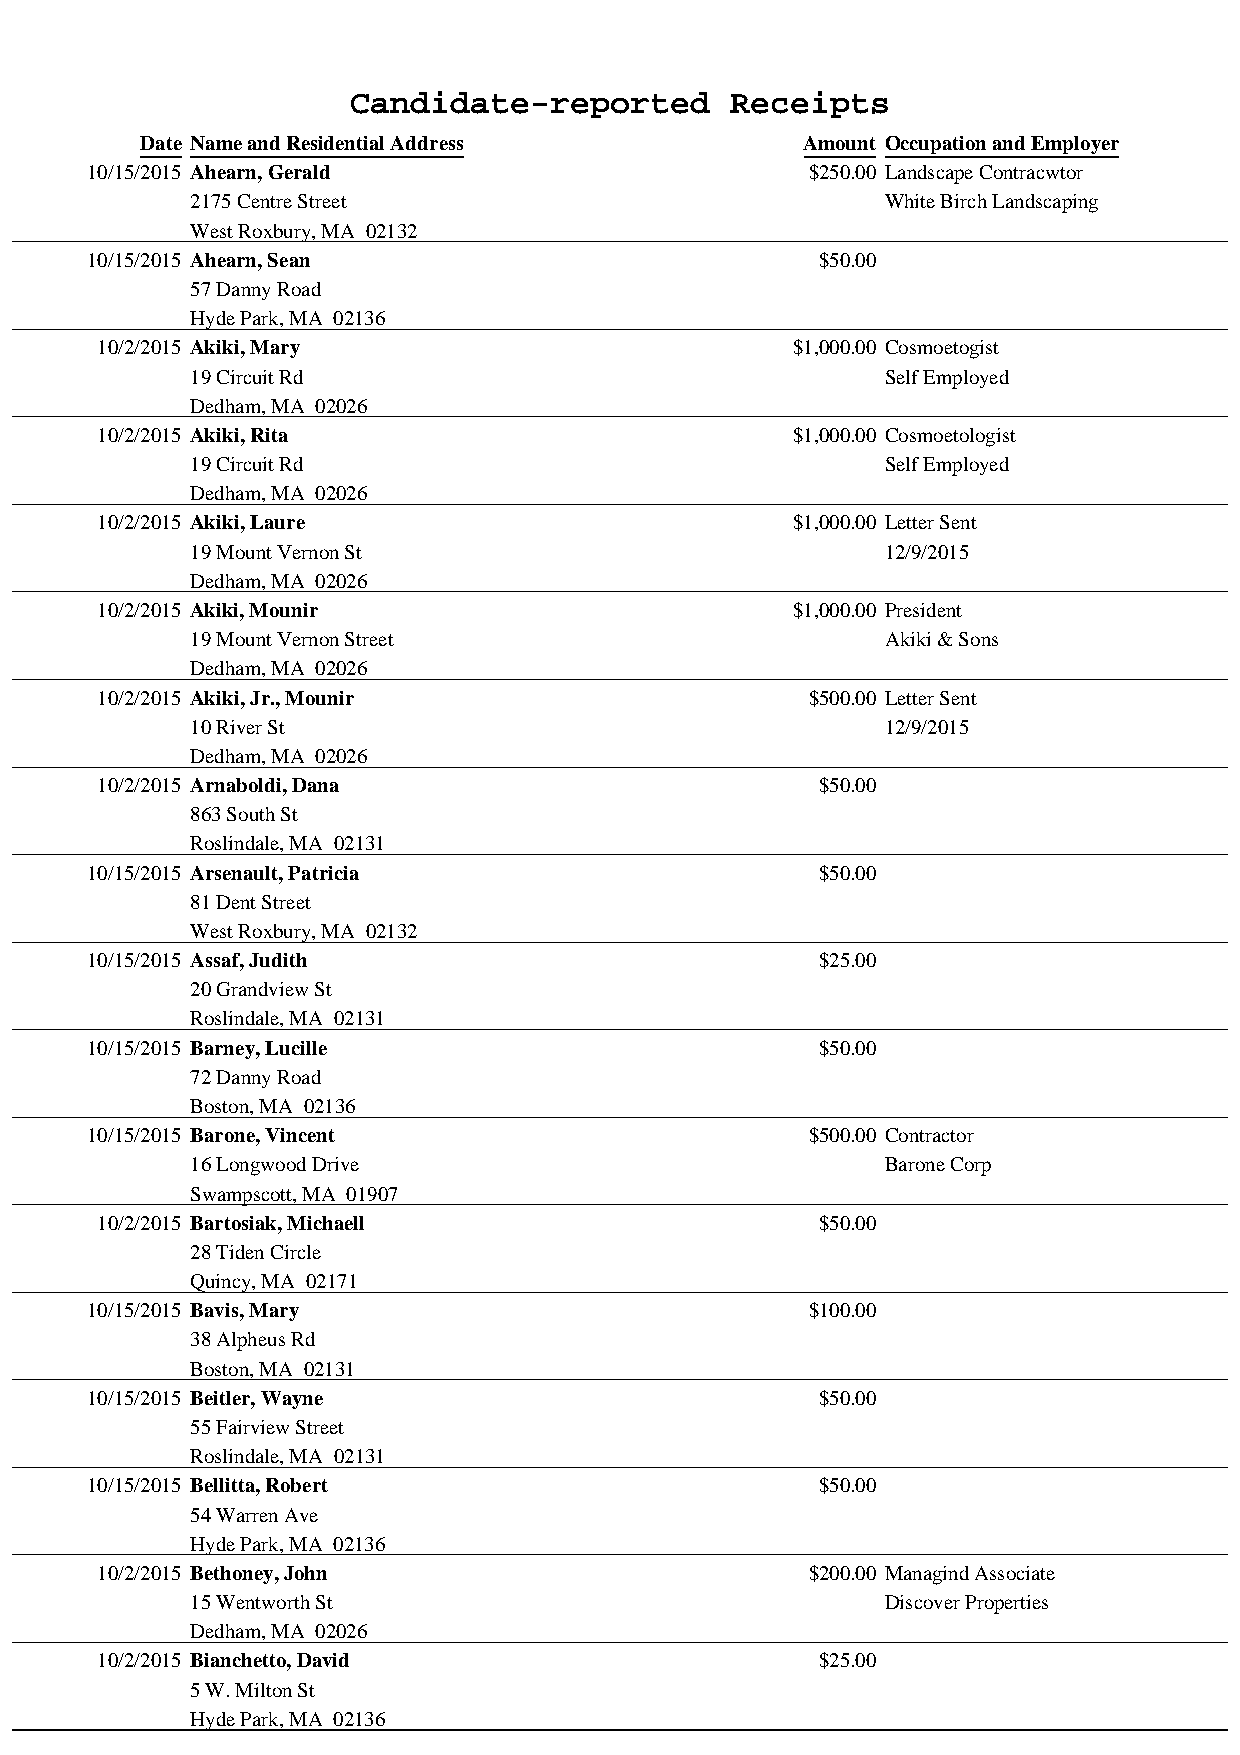
Candidate-reported       Receipts
 Date Name and Residential Address           Amount Occupation and Employer
 10/15/2015 Ahearn, Gerald                       $250.00 Landscape Contracwtor
 2175 Centre Street                            White Birch Landscaping
 West Roxbury, MA 02132
 10/15/2015 Ahearn, Sean                         $50.00
 57 Danny Road
 Hyde Park, MA 02136
 10/2/2015 Akiki, Mary                         $1,000.00 Cosmoetogist
 19 Circuit Rd                                 Self Employed
 Dedham, MA 02026
 10/2/2015 Akiki, Rita                         $1,000.00 Cosmoetologist
 19 Circuit Rd                                 Self Employed
 Dedham, MA 02026
 10/2/2015 Akiki, Laure                        $1,000.00 Letter Sent
 19 Mount Vernon St                            12/9/2015
 Dedham, MA 02026
 10/2/2015 Akiki, Mounir                       $1,000.00 President
 19 Mount Vernon Street                        Akiki & Sons
 Dedham, MA 02026
 10/2/2015 Akiki, Jr., Mounir                    $500.00 Letter Sent
 10 River St                                   12/9/2015
 Dedham, MA 02026
 10/2/2015 Arnaboldi, Dana                       $50.00
 863 South St
 Roslindale, MA 02131
 10/15/2015 Arsenault, Patricia                  $50.00
 81 Dent Street
 West Roxbury, MA 02132
 10/15/2015 Assaf, Judith                        $25.00
 20 Grandview St
 Roslindale, MA 02131
 10/15/2015 Barney, Lucille                      $50.00
 72 Danny Road
 Boston, MA 02136
 10/15/2015 Barone, Vincent                      $500.00 Contractor
 16 Longwood Drive                             Barone Corp
 Swampscott, MA 01907
 10/2/2015 Bartosiak, Michaell                   $50.00
 28 Tiden Circle
 Quincy, MA 02171
 10/15/2015 Bavis, Mary                          $100.00
 38 Alpheus Rd
 Boston, MA 02131
 10/15/2015 Beitler, Wayne                       $50.00
 55 Fairview Street
 Roslindale, MA 02131
 10/15/2015 Bellitta, Robert                     $50.00
 54 Warren Ave
 Hyde Park, MA 02136
 10/2/2015 Bethoney, John                        $200.00 Managind Associate
 15 Wentworth St                               Discover Properties
 Dedham, MA 02026
 10/2/2015 Bianchetto, David                     $25.00
 5 W. Milton St
 Hyde Park, MA 02136